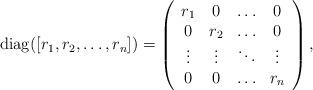
LaTeX: \begin{align*}{\rm diag}([r_1, r_2, \ldots, r_n])=\left(\begin{array}{cccc} r_1 & 0 & \ldots & 0 \\ 0 & r_2 & \ldots & 0 \\ \vdots & \vdots & \ddots & \vdots \\ 0 & 0 & \ldots & r_n \\\end{array}\right),\end{align*}